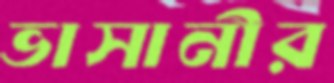
ভাসানীর